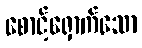
စောင့်ရှောက်သော